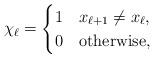
LaTeX: \begin{align*} \chi_{\ell} = \begin{cases}1 & x_{\ell+1} \neq x_{\ell}, \\0 & \mathrm{otherwise},\end{cases}\end{align*}